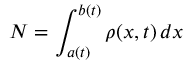
N = \int _ { a ( t ) } ^ { b ( t ) } \rho ( x , t ) \, d x